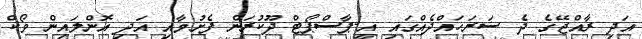
އަދި ރާއްޖޭގެ ދެ ސަރަހައްދެއްގައި އީ-ޕާސްޕޯޓް ދޫކުރަން ފެށުމާއި އަދި އޮންލައިން ވޯކް